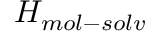
H _ { m o l - s o l v }